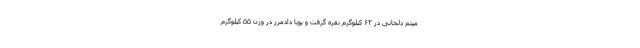
میثم دلخانی در ۶۳ کیلوگرم نقره گرفت و پویا دادمرز در وزن ۵۵ کیلوگرم